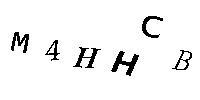
M4HHCB